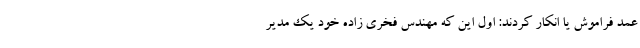
عمد فراموش یا انکار کردند: اول این که مهندس فخری زاده خود یک مدیر